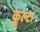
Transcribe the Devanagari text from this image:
कुल्टा